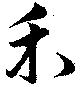
禾